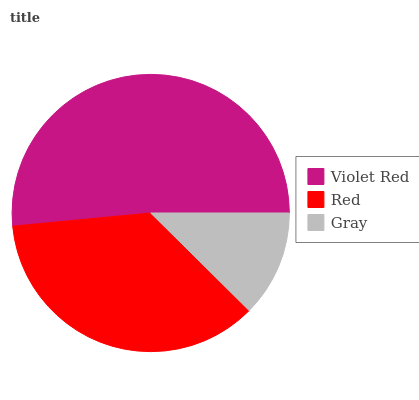
| Violet Red | Red | Gray |
 | --- | --- | --- |
 | 51.5% | 36.1% | 12.4% |